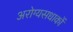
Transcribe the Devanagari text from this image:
अरोग्यसधाकों